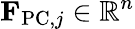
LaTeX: {\mathbf F}_{\mathrm{PC},j}\in\mathbb{R}^{n}